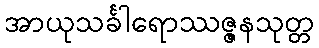
အာယုသင်္ခါရောဿဇ္ဇနသုတ္တ